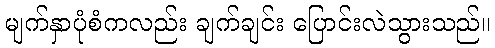
မျက်နှာပုံစံကလည်း ချက်ချင်း ပြောင်းလဲသွားသည်။